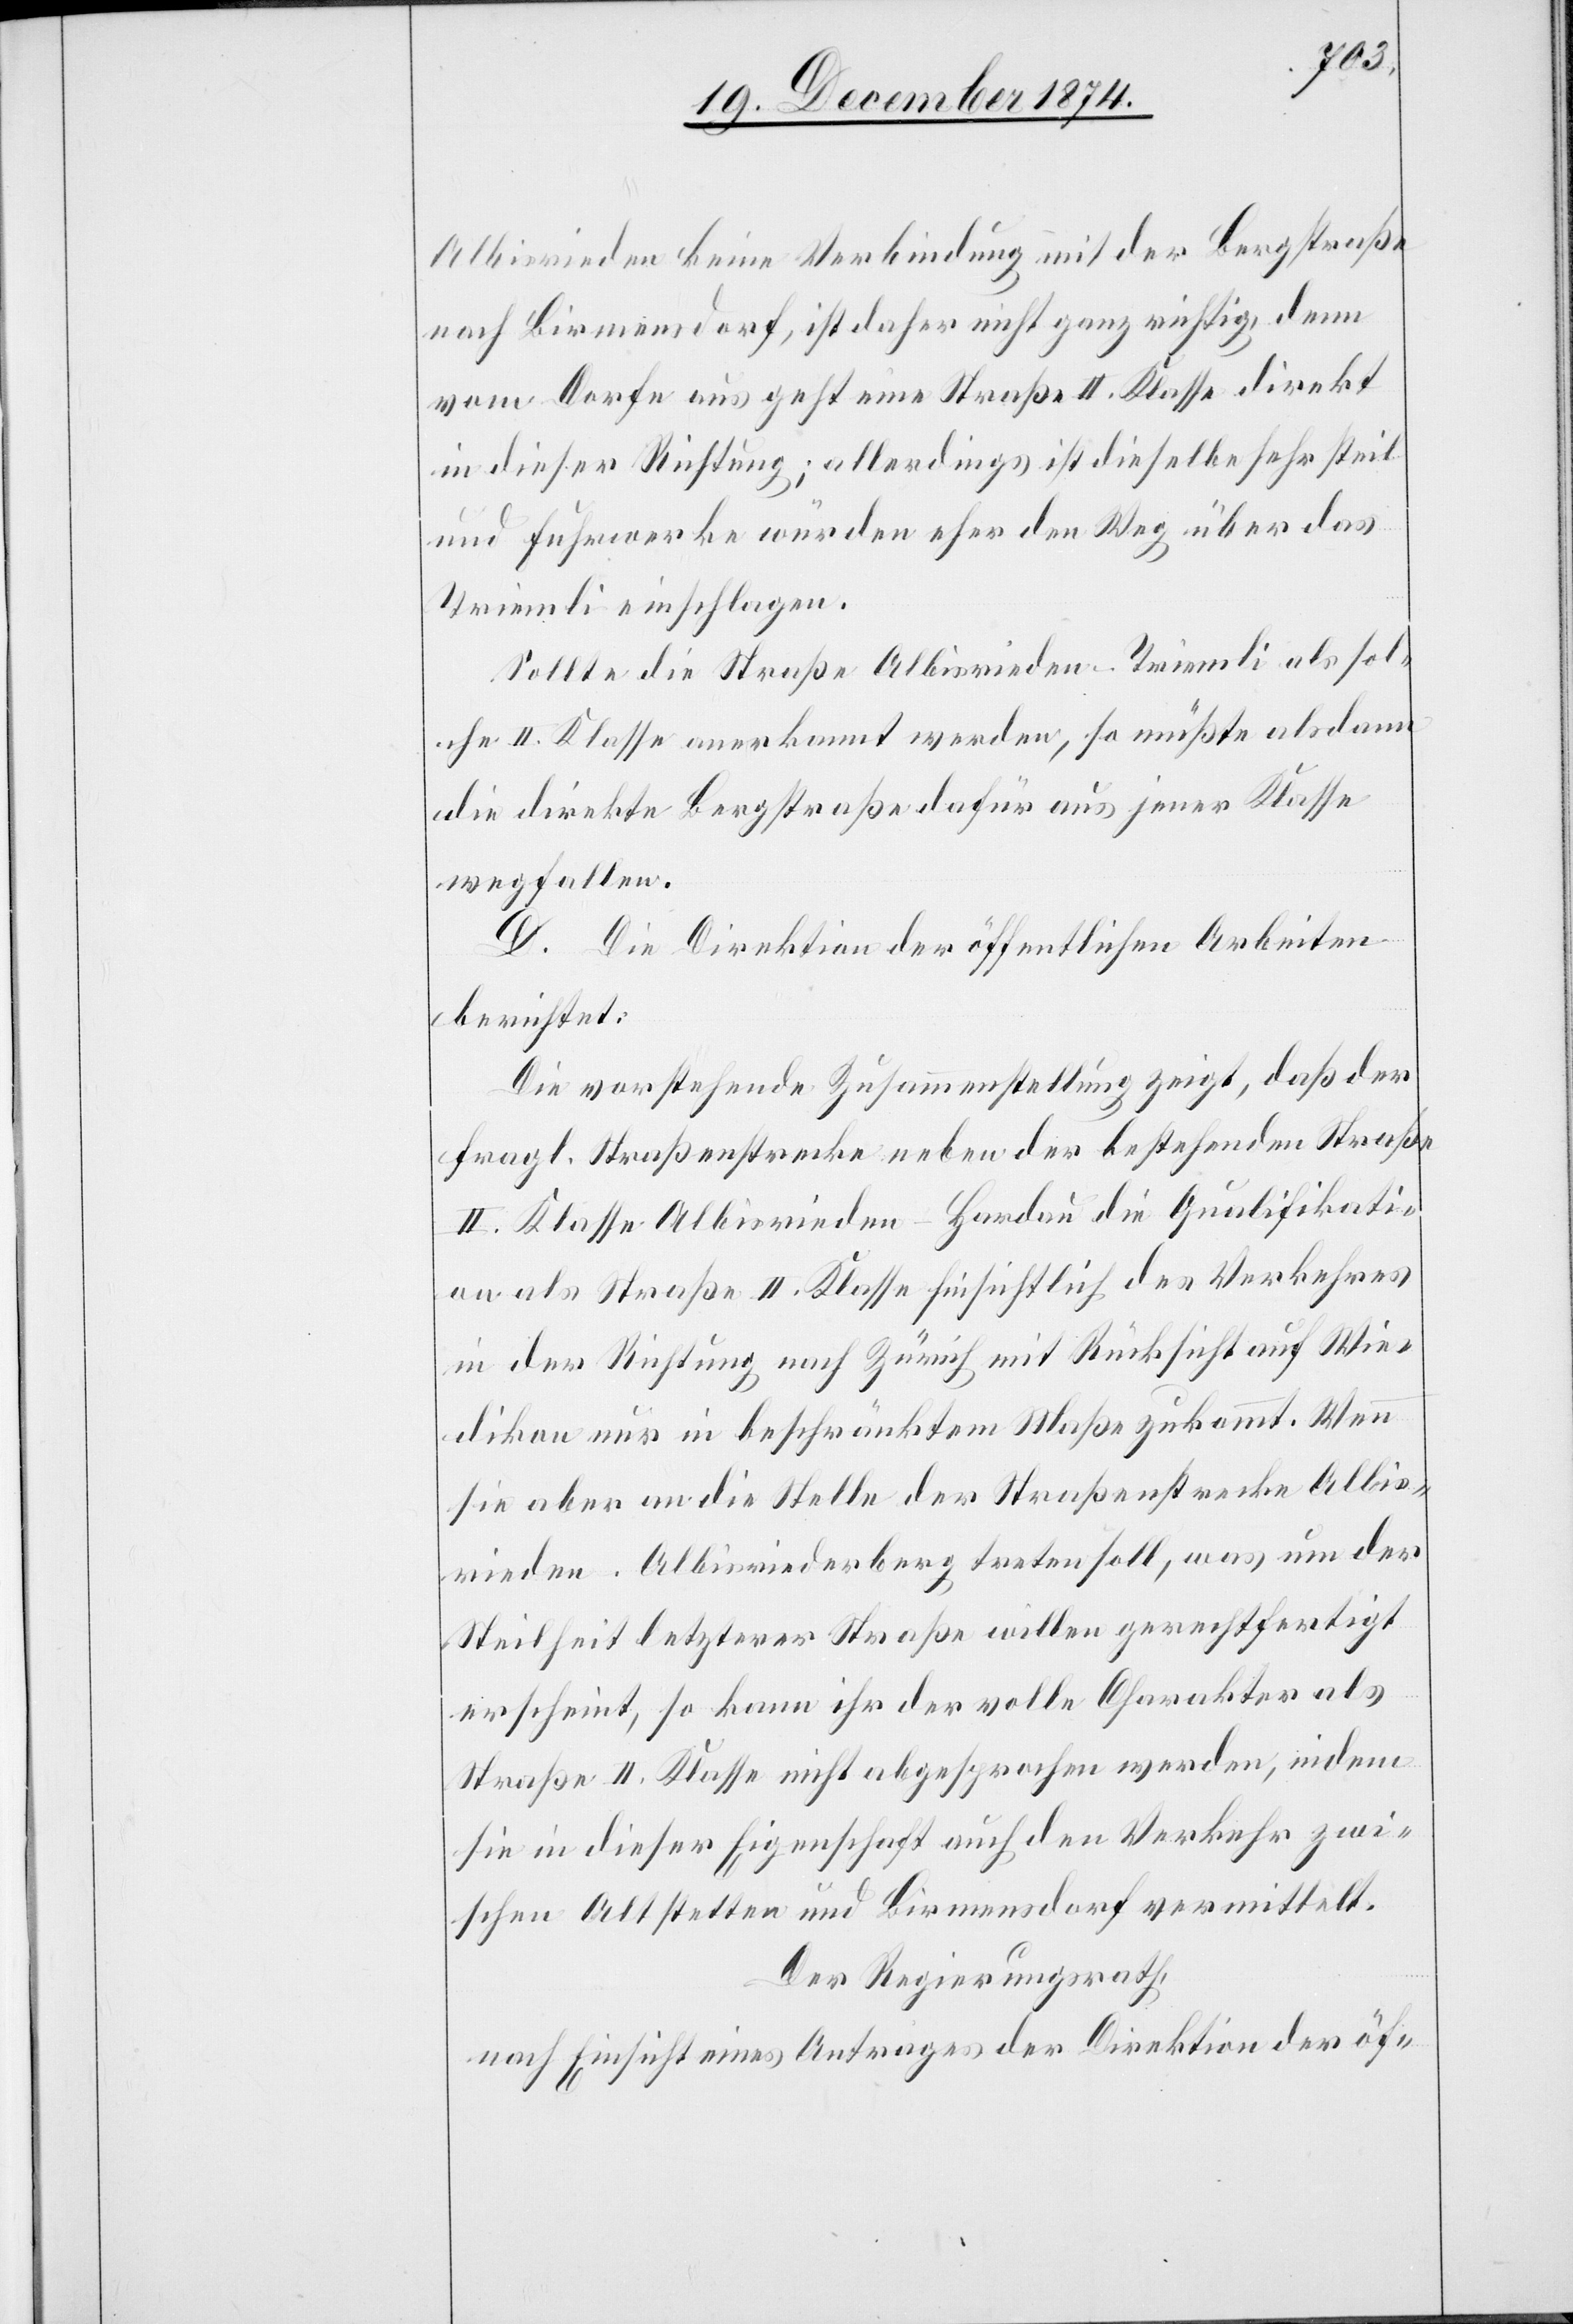
Albisrieden keine Verbindung mit der Bergstraße
nach Birmensdorf, ist daher nicht ganz richtig, denn
vom Dorfe aus geht eine Straße II. Klasse direkt
in dieser Richtung; allerdings ist dieselbe sehr steil
und Fuhrwerke würden eher den Weg über das
Triemli einschlagen.
Sollte die Straße Albisrieden–Triemli als sol¬
che II. Klasse anerkannt werden, so müßte alsdann
die direkte Bergstraße dafür aus jener Klasse
wegfallen.
D. Die Direktion der öffentlichen Arbeiten
berichtet:
Die vorstehende Zusammenstellung zeigt, daß der
fragl. Straßenstrecke neben der bestehenden Straße
II. Klasse Albisrieden–Hardau die Qualifikati¬
on als Straße II. Klasse hinsichtlich des Verkehres
in der Richtung nach Zürich mit Rücksicht auf Wie¬
dikon nur in beschränktem Maße zukommt. Wenn
sie aber an die Stelle der Straßenstrecke Albis¬
rieden–Albisriederberg treten soll, was um der
Steilheit letzterer Straße willen gerechtfertigt
erscheint, so kann ihr der volle Charakter als
Straße II. Klasse nicht abgesprochen werden, indem
sie in dieser Eigenschaft auch den Verkehr zwi¬
schen Altstetten und Birmensdorf vermittelt.
Der Regierungsrath,
nach Einsicht eines Antrages der Direktion der öf-